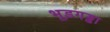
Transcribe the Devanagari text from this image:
भूड़गड्ढा